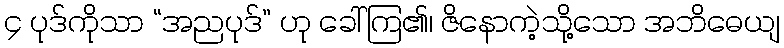
၄ ပုဒ်ကိုသာ “အညပုဒ်” ဟု ခေါ်ကြ၏၊ ဇိနောကဲ့သို့သော အဘိဓေယျ